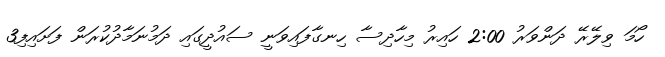
ހޯމަ ވިލޭރޭ ދަންވަރު 2:00 ހައިިރު މިހާދިސާ ހިނގާފައިވަނީ ސައުދީގައި ދަމުނަމާދުކުރަން ފަށައިފި3